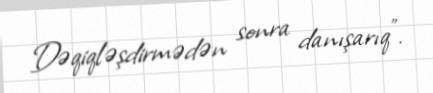
Dəqiqləşdirmədən sonra danışarıq”.